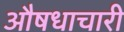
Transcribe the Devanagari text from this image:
औषधाचारी